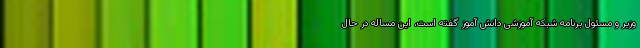
وزیر و مسئول برنامه شبکه آموزشی دانش آموز گفته است، این مساله در حال